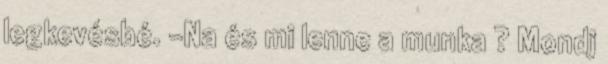
legkevésbé. -Na és mi lenne a munka ? Mondj